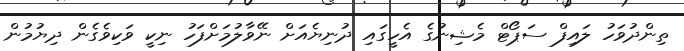
ތިންދުވަހު ލައިފް ސަޕޯޓް މެޝިނުގެ އެހީގައި ދުނިޔެއަށް ނޭވާލުމަށްފަހު ނިކީ ވަކިވެގެން ދިޔުމުން